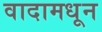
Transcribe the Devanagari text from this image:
वादामधून